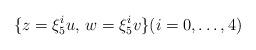
LaTeX: \begin{align*} \{ z = \xi_5^i u ,\, w = \xi_5^i v \} ( i = 0, \ldots, 4 )\end{align*}